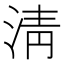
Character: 淸